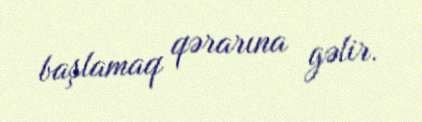
başlamaq qərarına gəlir.